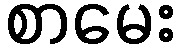
စာမေး